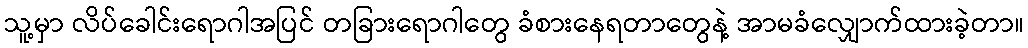
သူ့မှာ လိပ်ခေါင်းရောဂါအပြင် တခြားရောဂါတွေ ခံစားနေရတာတွေနဲ့ အာမခံလျှောက်ထားခဲ့တာ။